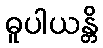
ဓူပါယန္တိ